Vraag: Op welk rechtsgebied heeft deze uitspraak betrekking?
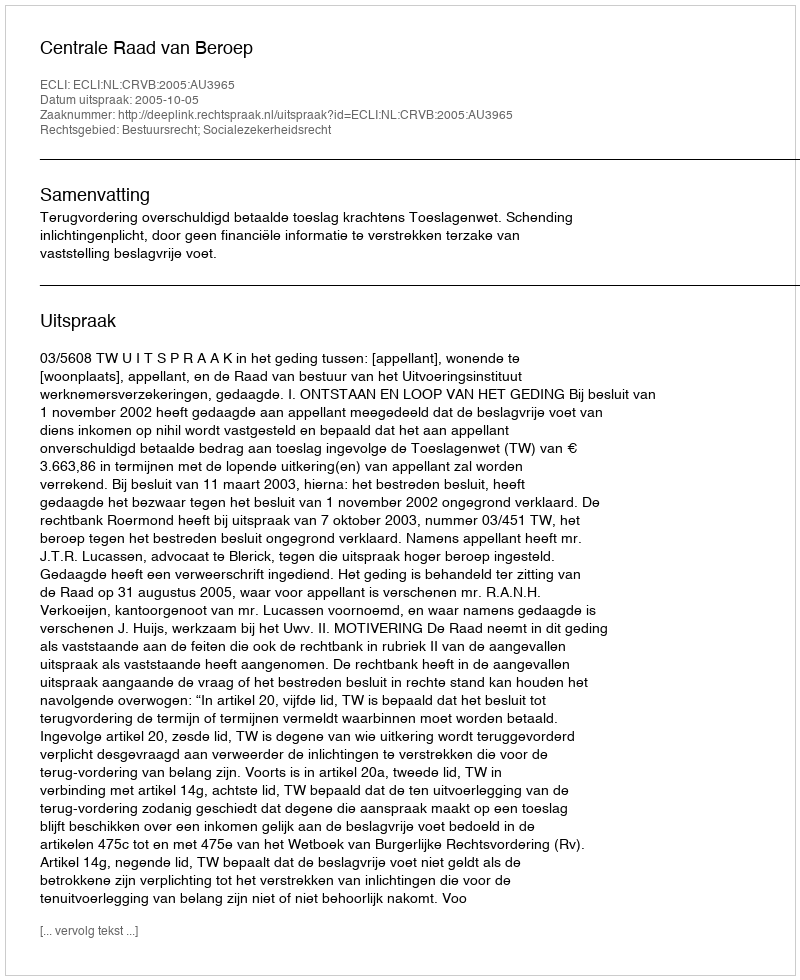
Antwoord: Bestuursrecht; Socialezekerheidsrecht